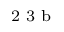
^ \textrm { \scriptsize 2 3 b }